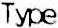
TYPE